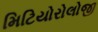
મિટિયોરોલોજી